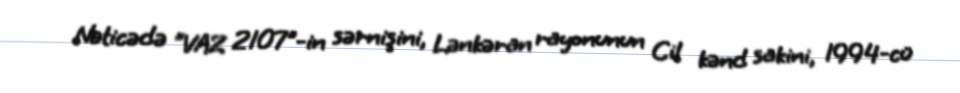
Nəticədə "VAZ 2107"-in sərnişini, Lənkəran rayonunun Cil kənd sakini, 1994-cü